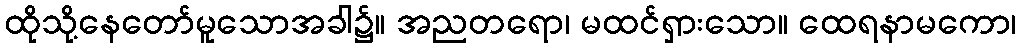
ထိုသို့နေတော်မူသောအခါ၌။ အညတရော၊ မထင်ရှားသော။ ထေရနာမကော၊